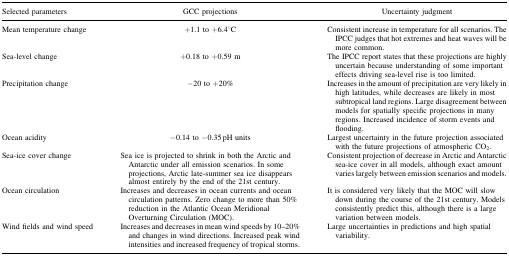
<table><thead><tr><td><b>Selected parameters</b></td><td><b>GCC projections</b></td><td><b>Uncertainty judgment</b></td></tr></thead><tbody><tr><td>Mean temperature change</td><td>+1.1 to +6.4°C</td><td>Consistent increase in temperature for all scenarios. The IPCC judges that hot extremes and heat waves will be more common.</td></tr><tr><td>Sea-level change</td><td>+0.18 to +0.59 m</td><td>The IPCC report states that these projections are highly uncertain because understanding of some important effects driving sea-level rise is too limited.</td></tr><tr><td>Precipitation change</td><td>−20 to +20%</td><td>Increases in the amount of precipitation are very likely in high latitudes, while decreases are likely in most subtropical land regions. Large disagreement between models for spatially specific projections in many regions. Increased incidence of storm events and flooding.</td></tr><tr><td>Ocean acidity</td><td>−0.14 to −0.35 pH units</td><td>Largest uncertainty in the future projection associated with the future projections of atmospheric CO<sub>2</sub>.</td></tr><tr><td>Sea-ice cover change</td><td>Sea ice is projected to shrink in both the Arctic and Antarctic under all emission scenarios. In some projections, Arctic late-summer sea ice disappears almost entirely by the end of the 21st century.</td><td>Consistent projection of decrease in Arctic and Antarctic sea-ice cover in all models, although exact amount varies largely between emission scenarios and models.</td></tr><tr><td>Ocean circulation</td><td>Increases and decreases in ocean currents and ocean circulation patterns. Zero change to more than 50% reduction in the Atlantic Ocean Meridional Overturning Circulation (MOC).</td><td>It is considered very likely that the MOC will slow down during the course of the 21st century. Models consistently predict this, although there is a large variation between models.</td></tr><tr><td>Wind fields and wind speed</td><td>Increases and decreases in mean wind speeds by 10–20% and changes in wind directions. Increased peak wind intensities and increased frequency of tropical storms.</td><td>Large uncertainties in predictions and high spatial variability.</td></tr></tbody></table>